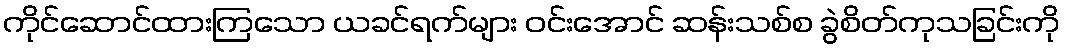
ကိုင်ဆောင်ထားကြသော ယခင်ရက်များ ဝင်းအောင် ဆန်းသစ်စ ခွဲစိတ်ကုသခြင်းကို